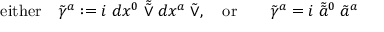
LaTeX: \mathrm { e i t h e r } \quad \tilde { \gamma } ^ { a } : = i \; d x ^ { 0 } \; \tilde { \tilde { \vee } } \; d x ^ { a } \; \tilde { \vee } , \quad \mathrm { o r } \qquad \tilde { \gamma } ^ { a } = i \; \tilde { \tilde { a } } { } ^ { 0 } \; \tilde { a } ^ { a }